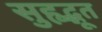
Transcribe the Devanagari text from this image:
सुहृद्भूत